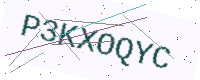
Text: P3KXOQYC